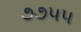
૭૭૫૫